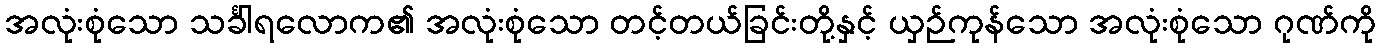
အလုံးစုံသော သင်္ခါရလောက၏ အလုံးစုံသော တင့်တယ်ခြင်းတို့နှင့် ယှဉ်ကုန်သော အလုံးစုံသော ဂုဏ်ကို